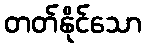
တတ်နိုင်သော